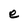
Character: e